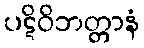
ပဋိဝိဘတ္တာနံ